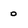
Character: 0